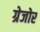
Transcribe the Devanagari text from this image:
ग्रेजोर